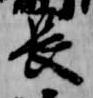
長